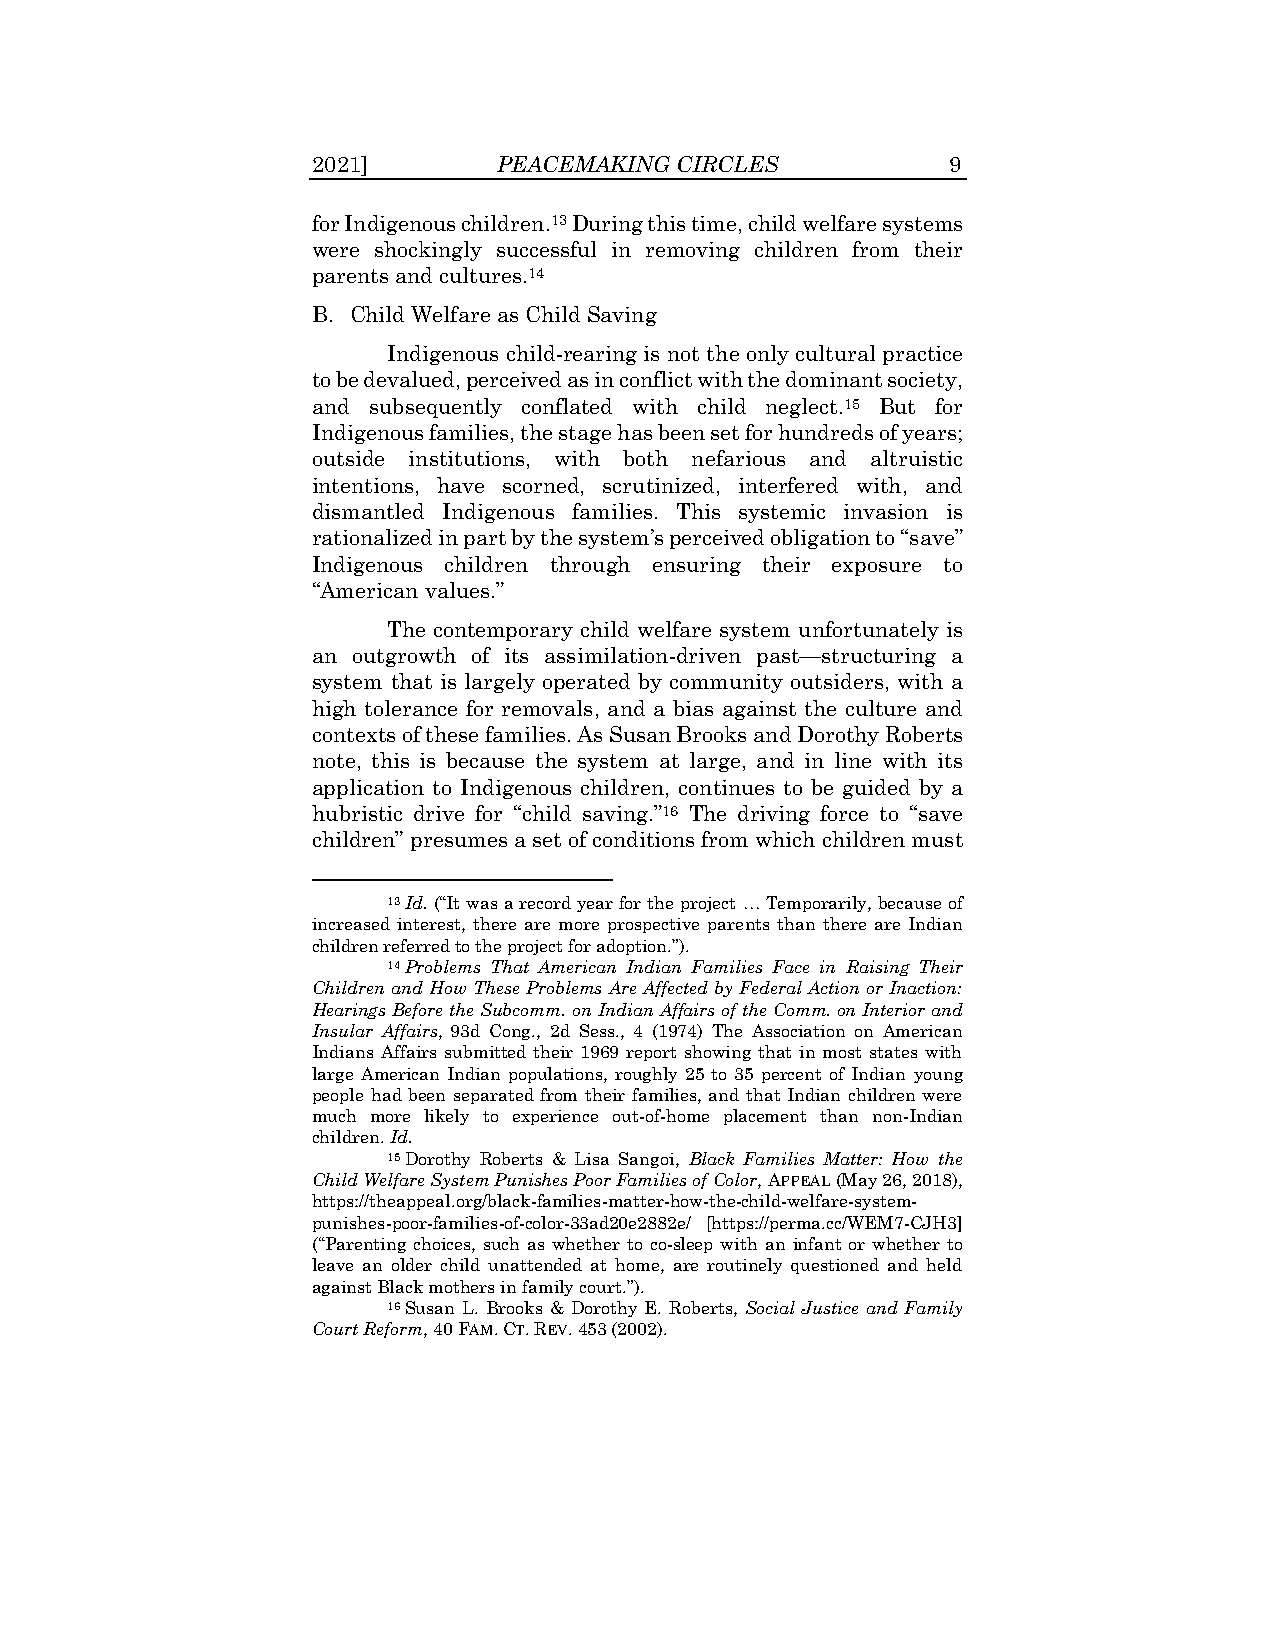
2021]       PEACEMAKING CIRCLES           9
 for Indigenous children.13 During this time, child welfare systems
 were shockingly successful in removing children from their
 parents and cultures.14
 B. Child Welfare as Child Saving
 Indigenous child-rearing is not the only cultural practice
 to be devalued, perceived as in conflict with the dominant society,
 and subsequently conflated with child neglect.15 But for
 Indigenous families, the stage has been set for hundreds of years;
 outside institutions, with both nefarious and altruistic
 intentions, have scorned, scrutinized, interfered with, and
 dismantled Indigenous families. This systemic invasion is
 rationalized in part by the system’s perceived obligation to “save”
 Indigenous children through ensuring their exposure to
 “American values.”
 The contemporary child welfare system unfortunately is
 an outgrowth of its assimilation-driven past—structuring a
 system that is largely operated by community outsiders, with a
 high tolerance for removals, and a bias against the culture and
 contexts of these families. As Susan Brooks and Dorothy Roberts
 note, this is because the system at large, and in line with its
 application to Indigenous children, continues to be guided by a
 hubristic drive for “child saving.”16 The driving force to “save
 children” presumes a set of conditions from which children must
 13 Id. (“It was a record year for the project … Temporarily, because of
 increased interest, there are more prospective parents than there are Indian
 children referred to the project for adoption.”).
 14 Problems That American Indian Families Face in Raising Their
 Children and How These Problems Are Affected by Federal Action or Inaction:
 Hearings Before the Subcomm. on Indian Affairs of the Comm. on Interior and
 Insular Affairs, 93d Cong., 2d Sess., 4 (1974) The Association on American
 Indians Affairs submitted their 1969 report showing that in most states with
 large American Indian populations, roughly 25 to 35 percent of Indian young
 people had been separated from their families, and that Indian children were
 much more likely to experience out-of-home placement than non-Indian
 children. Id.
 15 Dorothy Roberts & Lisa Sangoi, Black Families Matter: How the
 Child Welfare System Punishes Poor Families of Color, APPEAL (May 26, 2018),
 https://theappeal.org/black-families-matter-how-the-child-welfare-system-
 punishes-poor-families-of-color-33ad20e2882e/ [https://perma.cc/WEM7-CJH3]
 (“Parenting choices, such as whether to co-sleep with an infant or whether to
 leave an older child unattended at home, are routinely questioned and held
 against Black mothers in family court.”).
 16 Susan L. Brooks & Dorothy E. Roberts, Social Justice and Family
 Court Reform, 40 FAM. CT. REV. 453 (2002).